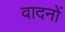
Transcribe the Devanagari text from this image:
वादनों